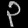
Digit: ၃